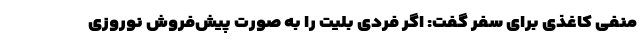
منفی کاغذی برای سفر گفت: اگر فردی بلیت را به صورت پیش‌فروش نوروزی